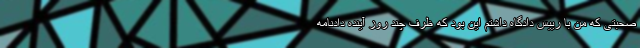
صحبتی که من با رییس دادگاه داشتم این بود که ظرف چند روز آینده دادنامه